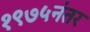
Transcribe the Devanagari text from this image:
१९७५नंतर